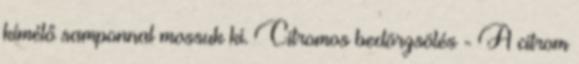
kímélő samponnal mossuk ki. Citromos bedörzsölés - A citrom